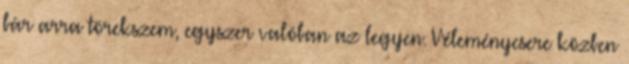
bár arra törekszem, egyszer valóban az legyen. Véleménycsere közben